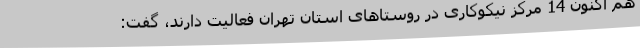
هم اکنون 14 مرکز نیکوکاری در روستاهای استان تهران فعالیت دارند، گفت: